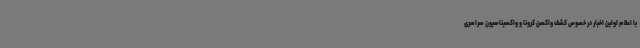
با اعلام اولین اخبار در خصوص کشف واکسن کرونا و واکسیناسیون سراسری